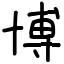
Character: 博